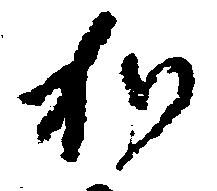
加